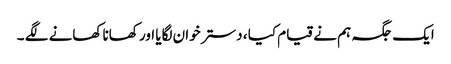
ایک جگہ ہم نے قیام کیا ، دستر خوان لگایا اور کھانا کھانے لگے ۔